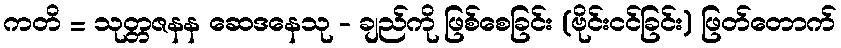
ကတိ = သုတ္တဇနန ဆေဒနေသု - ချည်ကို ဖြစ်စေခြင်း (ဗိုင်းငင်ခြင်း) ဖြတ်တောက်